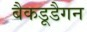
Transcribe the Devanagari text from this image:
बैकडूडैगन